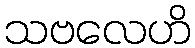
သဗလေဟိ